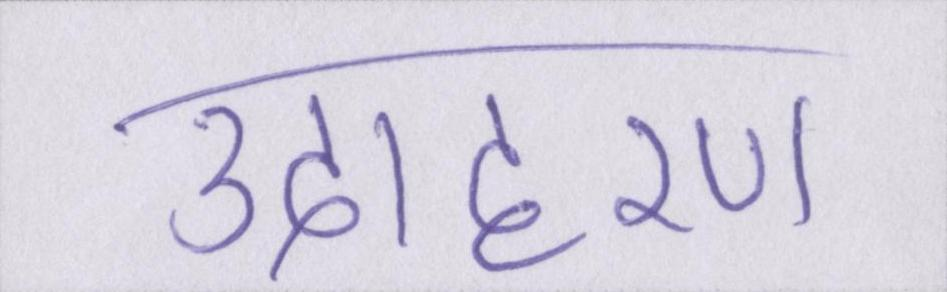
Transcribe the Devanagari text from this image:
उदाहरण